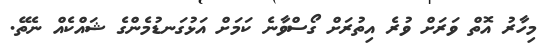
މިހާރު އޮތް ވަރަށް ވުރެ އިތުރަށް ގޯސްވާނެ ކަމަށް އަޅުގަނޑުމެންގެ ޝައްކެއް ނެތޭ.